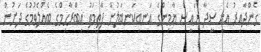
ގެންދާއިރު އެއީ ސީދާ ރައީސް ޔާމިންގެ އަނބިކަނބަލުން ފާތިމަތު އިބްރާހިމްގެ ބެއްލެވުމުގެ ދަށުން